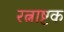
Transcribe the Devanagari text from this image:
रत्नाष्टक